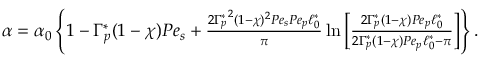
\begin{array} { r } { \alpha = \alpha _ { 0 } \left\{ 1 - \Gamma _ { p } ^ { \ast } ( 1 - \chi ) P e _ { s } + \frac { { 2 \Gamma _ { p } ^ { \ast } } ^ { 2 } ( 1 - \chi ) ^ { 2 } P e _ { s } P e _ { p } \ell _ { 0 } ^ { \ast } } { \pi } \ln \left[ \frac { 2 \Gamma _ { p } ^ { \ast } ( 1 - \chi ) P e _ { p } \ell _ { 0 } ^ { \ast } } { 2 \Gamma _ { p } ^ { \ast } ( 1 - \chi ) P e _ { p } \ell _ { 0 } ^ { \ast } - \pi } \right] \right\} . } \end{array}